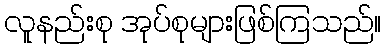
လူနည်းစု အုပ်စုများဖြစ်ကြသည်။